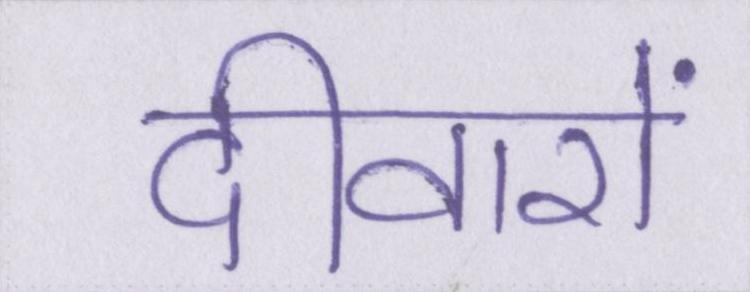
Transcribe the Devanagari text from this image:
दीवारों